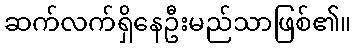
ဆက်လက်ရှိနေဦးမည်သာဖြစ်၏။